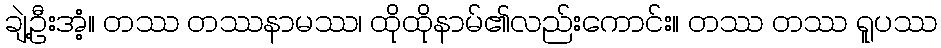
ချဲ့ဦးအံ့။ တဿ တဿနာမဿ၊ ထိုထိုနာမ်၏လည်းကောင်း။ တဿ တဿ ရူပဿ